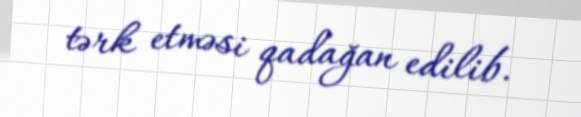
tərk etməsi qadağan edilib.